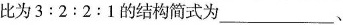
比为$$3:2:2:1$$的结构简式为___、